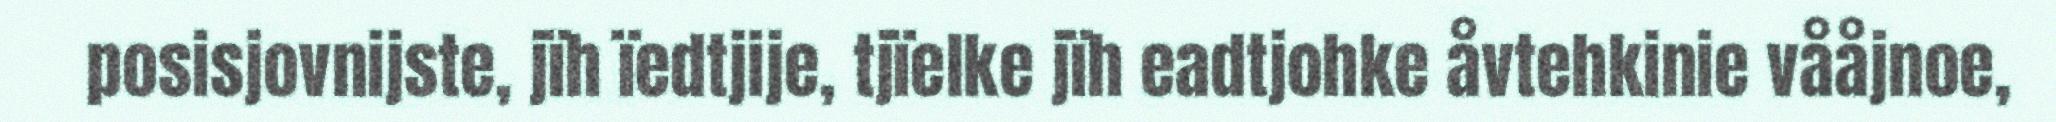
posisjovnijste, jïh ïedtjije, tjïelke jïh eadtjohke åvtehkinie vååjnoe,